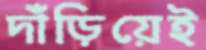
দাঁড়িয়েই